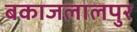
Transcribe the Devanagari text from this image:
बकाजलालपुर